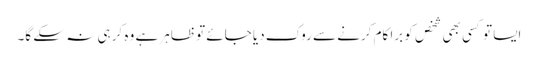
ایسا تو کسی بھی شخص کو برا کام کرنے سے روک دیا جائے تو ظاہر ہے وہ کر ہی نہ سکے گا۔